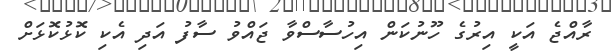
ރާއްޖެ އަކީ އިރުގެ ހޫނުކަން އިހުސާސްވާ ޖައްވު ސާފު އަދި އެކި ކޮޅުކޮޅަށް